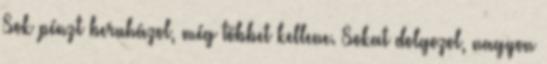
Sok pénzt beruházol, még többet kellene. Sokat dolgozol, nagyon